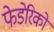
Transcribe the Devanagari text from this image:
फेडेरिको